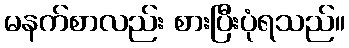
မနက်စာလည်း စားပြီးပုံရသည်။